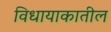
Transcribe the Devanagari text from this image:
विधायाकातील